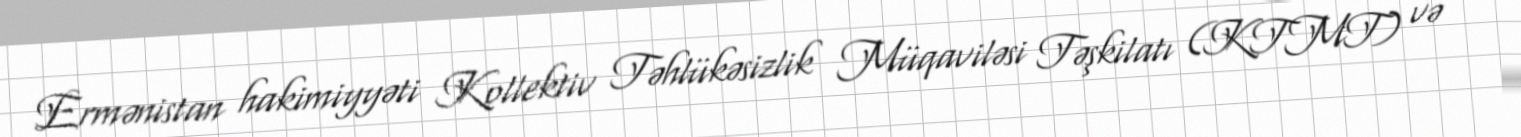
Ermənistan hakimiyyəti Kollektiv Təhlükəsizlik Müqaviləsi Təşkilatı (KTMT) və